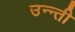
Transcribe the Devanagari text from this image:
उन्न्ती